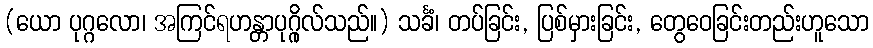
(ယော ပုဂ္ဂလော၊ အကြင်ရဟန္တာပုဂ္ဂိုလ်သည်။) သင်္ခံ၊ တပ်ခြင်း, ပြစ်မှားခြင်း, တွေဝေခြင်းတည်းဟူသော